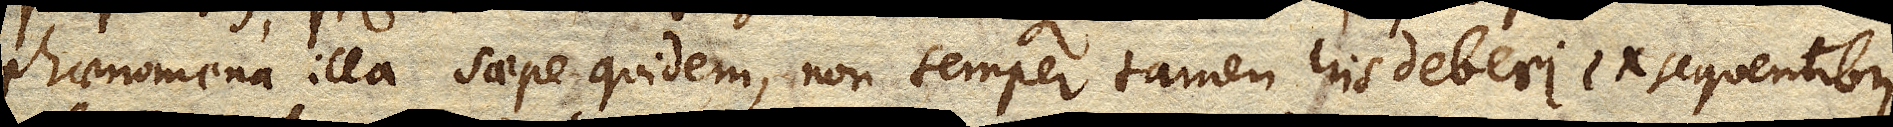
phaenomena illa saepe quidem, non semper tamen his deberi ex sequentibus